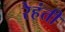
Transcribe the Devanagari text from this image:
रेहंती